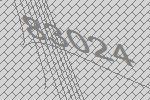
83024